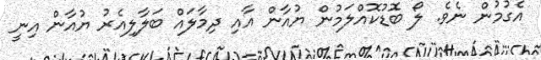
އެގުމުން ނެވެ. ލޯ ބޮޑުކޮއްލަމުން ޔުއާން އާއި ދިމާލައް ބަލާލިއެރު ޔުއާން އިނީ